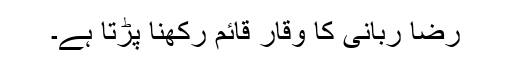
رضا ربانی کا وقار قائم رکھنا پڑتا ہے۔